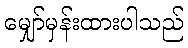
မျှော်မှန်းထားပါသည်